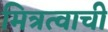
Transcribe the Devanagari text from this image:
मित्रत्वाची